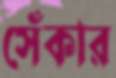
সেঁকার